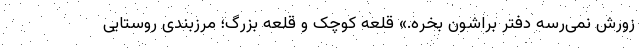
زورش نمی‌رسه دفتر براشون بخره.» قلعه کوچک و قلعه بزرگ؛ مرزبندی روستایی